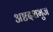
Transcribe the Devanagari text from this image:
अष्टदशभुज